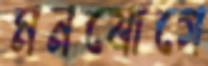
মনযোগে